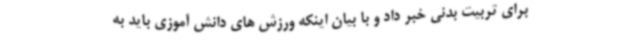
برای تربیت بدنی خبر داد و با بیان اینکه ورزش های دانش آموزی باید به